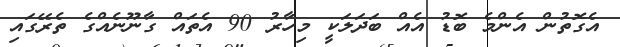
އެގޮތުން އެންމެ ބޮޑު އެއް ބަދަލަކީ މިހާރު 90 އެތައް ގާނޫނެއްގެ ތެރޭގައި